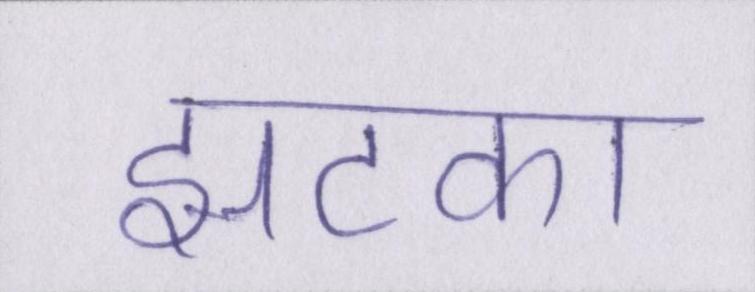
झटका